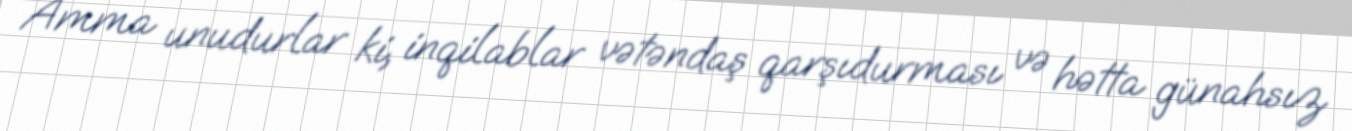
Amma unudurlar ki, inqilablar vətəndaş qarşıdurması və hətta günahsız